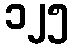
၁၂၅